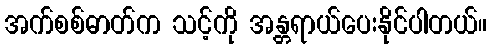
အက်စစ်ဓာတ်က သင့်ကို အန္တရာယ်ပေးနိုင်ပါတယ်။